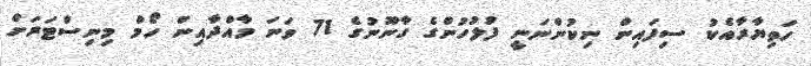
ހަތިޔާރާއެކު ސިފައިން ނިކުންނަނީ ފުލުހުންގެ ގާނޫނުގެ 71 ވަނަ މާއްދާއިން ހޯމް މިނިސްޓަރަށް